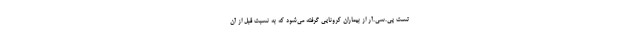
تست پی.سی.آر از بیماران کرونایی گرفته می‌شود که به نسبت قبل از آن